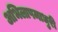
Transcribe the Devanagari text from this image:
अभिलाषमाधुरी